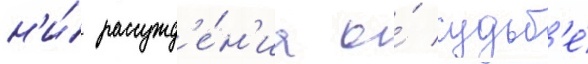
н'и́ рассужд'е́н'иа о́ судьб'е́